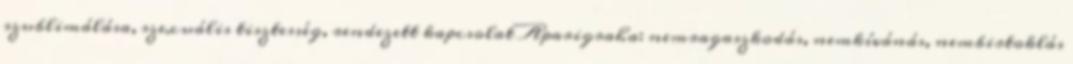
szublimálása, szexuális tisztesség, rendezett kapcsolat Aparigraha: nemragaszkodás, nemkívánás, nembirtoklás